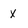
Character: X